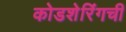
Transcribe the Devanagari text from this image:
कोडशेरिंगची